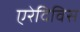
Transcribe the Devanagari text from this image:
एरेदिविस